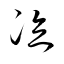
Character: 泣